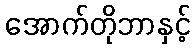
အောက်တိုဘာနှင့်